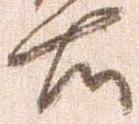
右